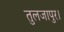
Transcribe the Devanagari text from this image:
तुलजापुर।